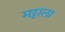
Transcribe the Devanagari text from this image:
मट्टाला